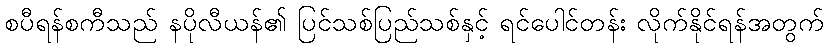
စပီရန်စကီသည် နပိုလီယန်၏ ပြင်သစ်ပြည်သစ်နှင့် ရင်ပေါင်တန်း လိုက်နိုင်ရန်အတွက်